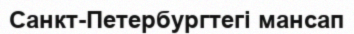
Санкт-Петербургтегі мансап